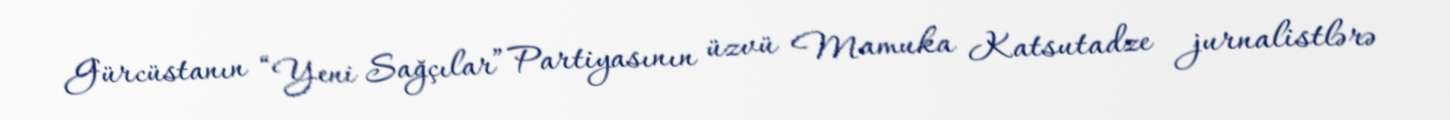
Gürcüstanın “Yeni Sağçılar” Partiyasının üzvü Mamuka Katsutadze jurnalistlərə